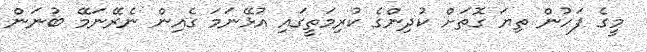
މީގެ ފަހުން ތިޔަ ގޮތަށް ކުދިންގެ ކުރިމަތީގައި އުޅޭނަމަ ގެއިން ނެރޭނަމޭ ބުނަން